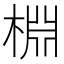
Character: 棩